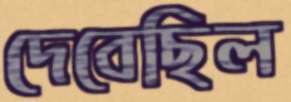
দেবেছিল